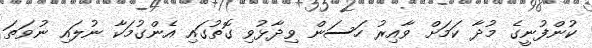
ކުންފުނީގެ މުދާ ކަމަށް ވާއިރު ހަސަން ވިދާޅުވި ގޮތުގައި އެންގުމަކާ ނުލައި ނުވަތަ